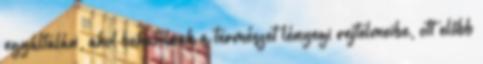
egyáltalán, ahol behatolnak a természet lényegi rejtelmeibe, ott előbb